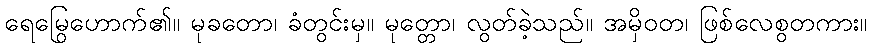
ရေမြွေဟောက်၏။ မုခတော၊ ခံတွင်းမှ။ မုတ္တော၊ လွတ်ခဲ့သည်။ အမှိဝတ၊ ဖြစ်လေစွတကား။